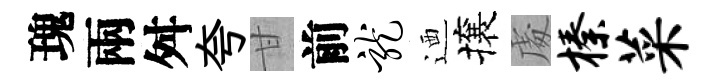
瑰兩舛夸甘前龙迺攘䖏榛菜